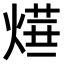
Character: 𤍞